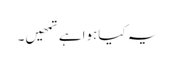
یہ کیاہواہے تمھیں۔